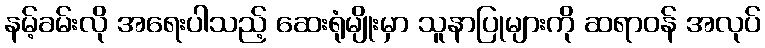
နမ့်ခမ်းလို အရေးပါသည့် ဆေးရုံမျိုးမှာ သူနာပြုများကို ဆရာဝန် အလုပ်